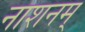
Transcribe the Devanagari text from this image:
नाशनम्‌